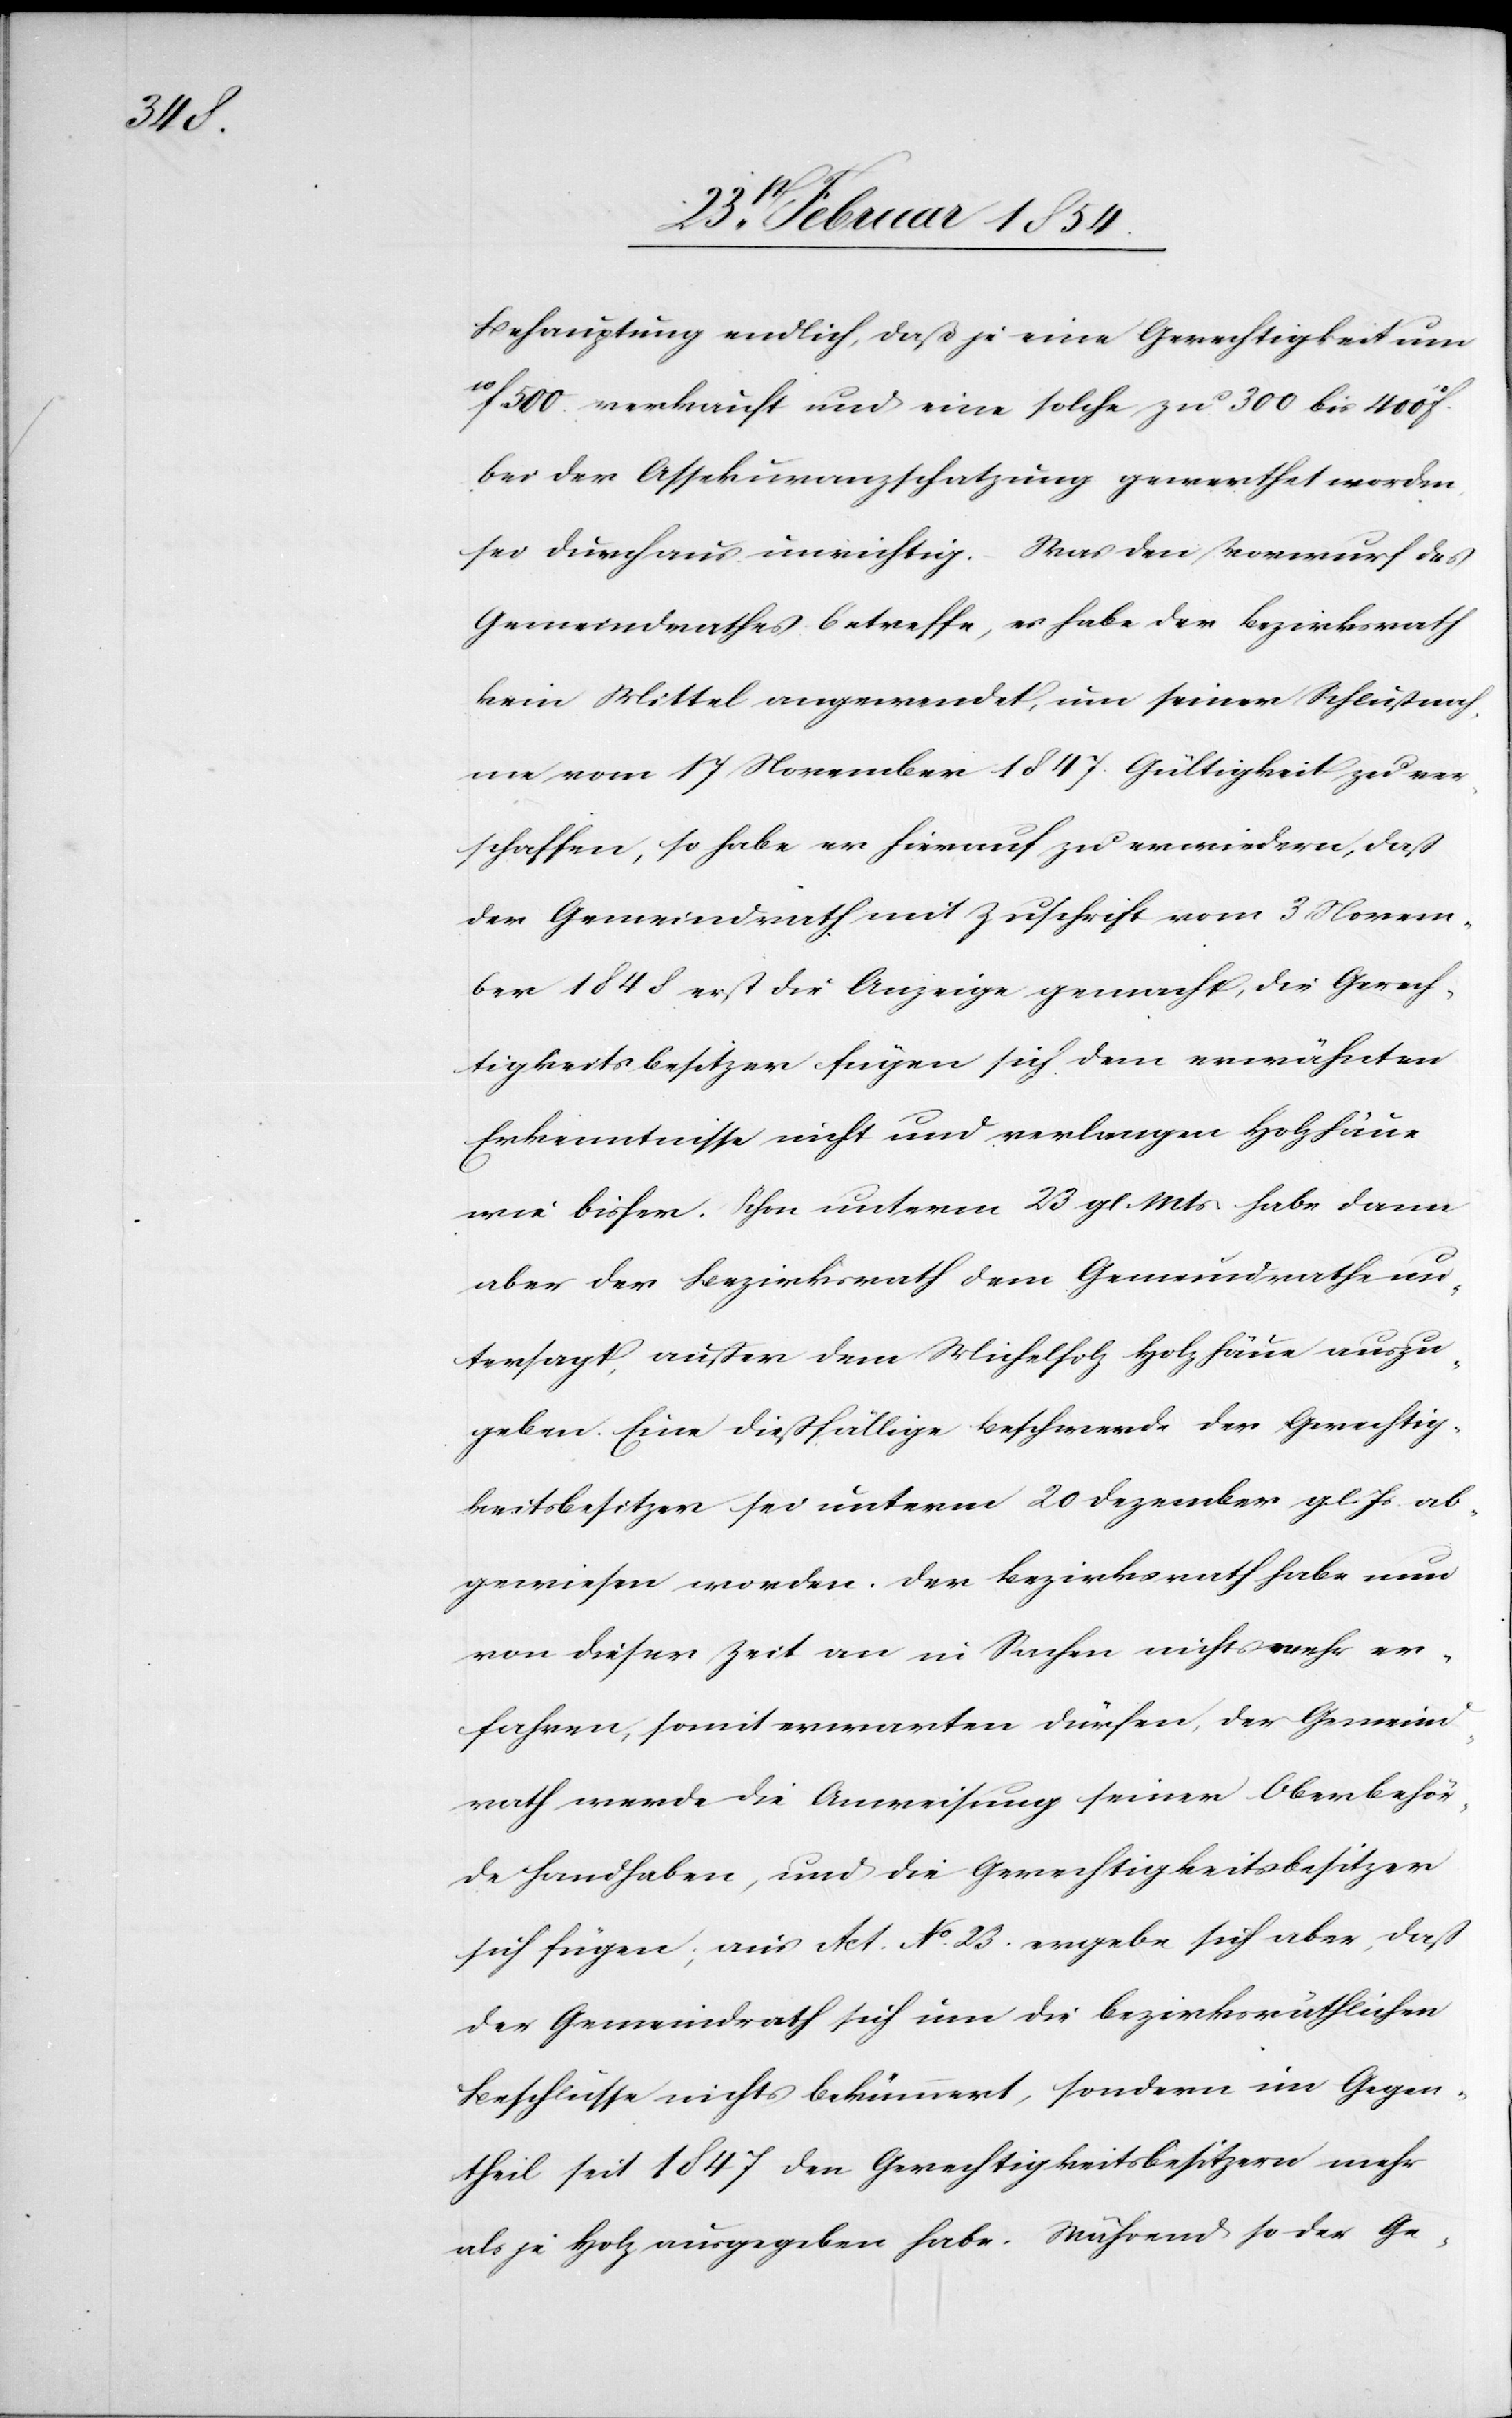
Behauptung endlich, daß je eine Gerechtigkeit um
10F.
500. verkauft und eine solche zu 300 bis 400
bei der Assekuranzschatzung gewerthet worden,
sei durchaus unrichtig. Was den Vorwurf des
Gemeindrathes betreffe, es habe der Bezirksrath
kein Mittel angewendet, um seiner Schlußnah¬
me vom 17 November 1847. Gültigkeit zu ver¬
schaffen, so habe er hierauf zu erwiedern, daß
der Gemeindrath mit Zuschrift vom 3 Novem¬
ber 1848 erst die Anzeige gemacht, die Gerech¬
tigkeitsbesitzer fügen sich dem erwähnten
Erkenntnisse nicht und verlangen Holzhaue
wie bisher. Schon unterm 23 gl. Mts habe dann
aber der Bezirksrath dem Gemeindrathe un¬
tersagt, außer dem Michelholz Holzhaue auszu¬
geben. Eine dießfällige Beschwerde der Gerechtig¬
keitsbesitzer sei unterm 20 Dezember gl. Js ab¬
gewiesen worden. Der Bezirksrath habe nun
von dieser Zeit an in Sachen nichts mehr er¬
fahren, somit erwarten dürfen, der Gemeind¬
rath werde die Anweisung seiner Oberbehör¬
de handhaben, und die Gerechtigkeitsbesitzer
sich fügen; aus Act. No 23. ergebe sich aber, das
der Gemeindrath sich um die bezirksräthlichen
Beschlüsse nichts bekümmert, sondern im Gegen¬
theil seit 1847 den Gerechtigkeitsbesitzern mehr
als je Holz ausgegeben habe. Während so der Ge-